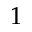
1